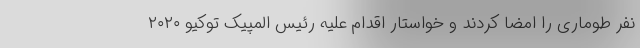
نفر طوماری را امضا کردند و خواستار اقدام علیه رئیس المپیک توکیو ۲۰۲۰